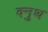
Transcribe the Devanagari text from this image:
क्नुथ